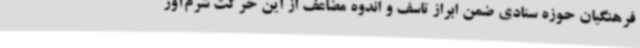
فرهنگیان حوزه ستادی ضمن ابراز تاسف و اندوه مضاعف از این حرکت شرم‌آور